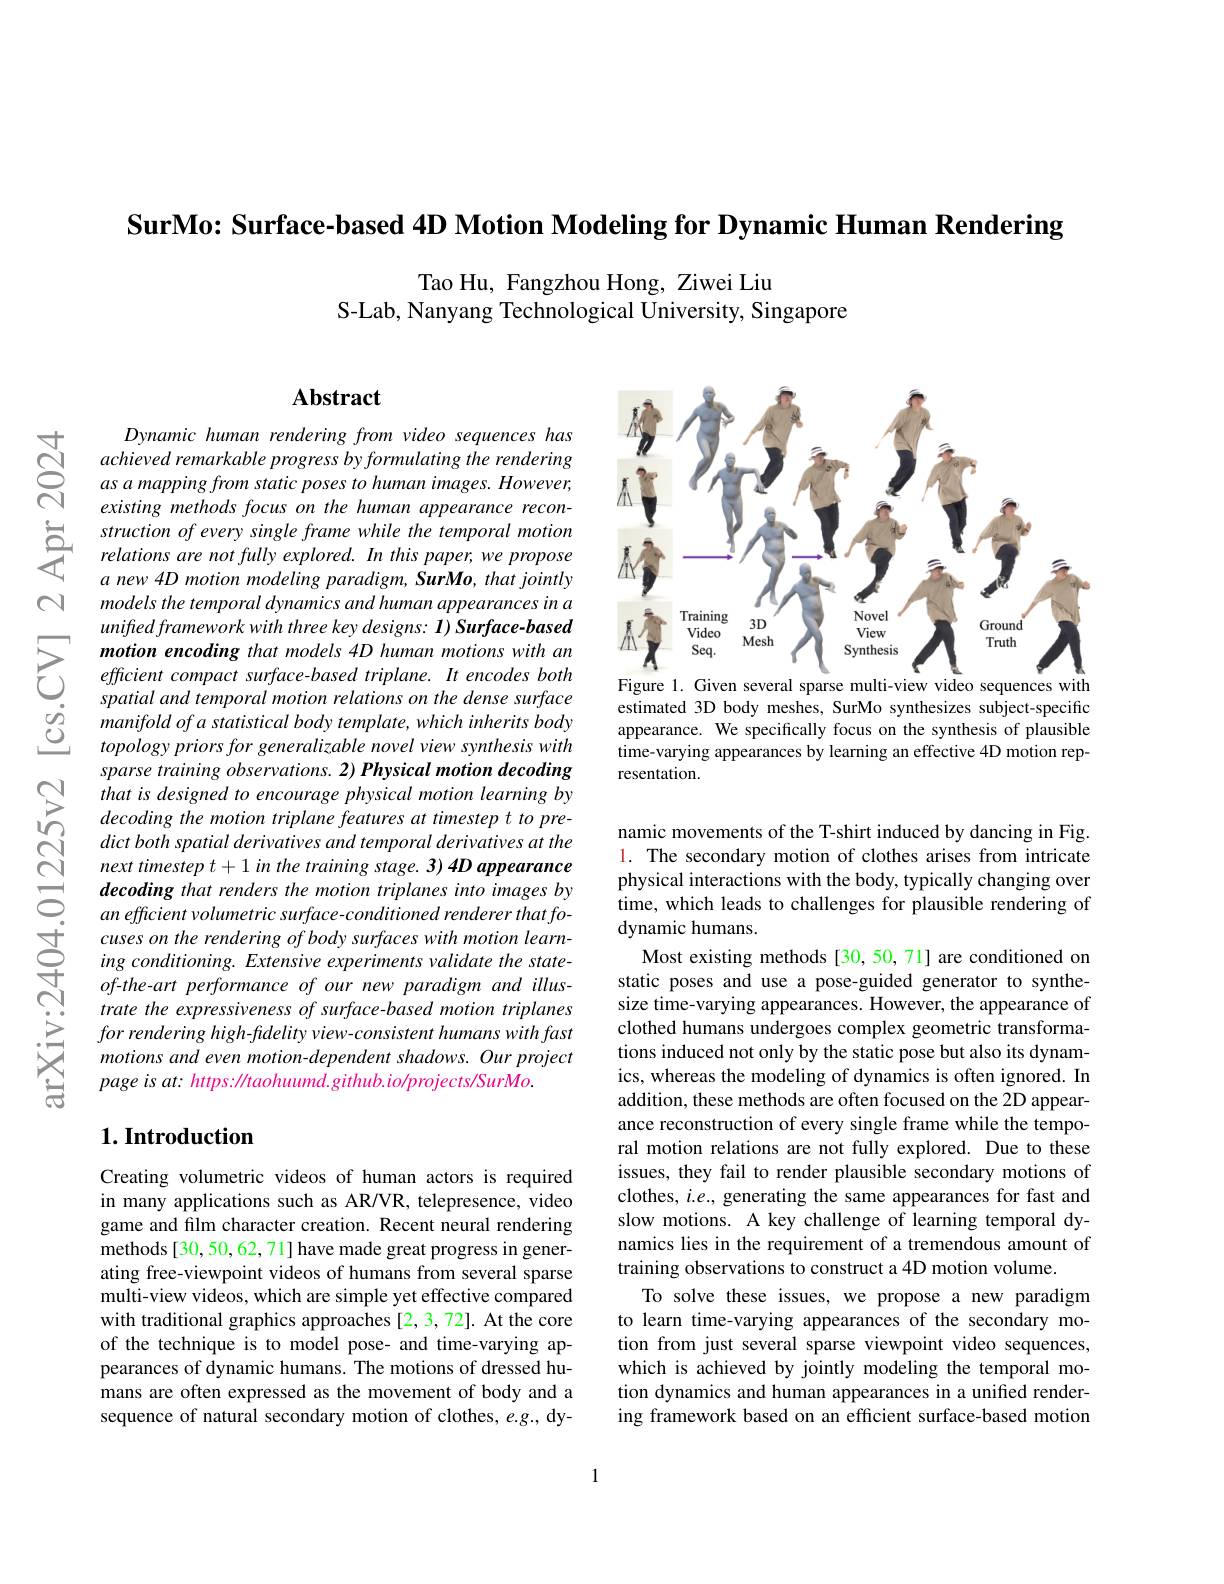
$n$

$ଟ୍ରੱ$

SurMo: Surface-based 4D Motion Modeling for Dynamic Human Rendering

Tao Hu, Fangzhou Hong, Ziwei Liu
S-Lab, Nanyang Technological University, Singapore

## $\mathbf{Abstract}$

<FigureHere>
Figure 1.
several sparse multi-view
sequences with

estimated 3D body meshes, SurMo synthesizes subject-specific appearance. We specifically focus on the synthesis of plausible time-varying appearances by learning an effective 4D motion representation.

Dynamic human rendering from video sequences has achieved remarkable progress by formulating the rendering as a mapping from static poses to human images. However, existing methods focus on the human appearance recon-
$\sum_{i=1}^{\infty}struction~of~every~single~frame~whil$
$a$ new 4D motion modeling paradigm, SurMo, that jointly models the temporal dynamics and human appearances in a unifted framework with three key designs: I) Surface-based
$\sum_{\begin{array}{cc}\text{motion encoding that models 4D human motions with an}\\&\text{efficient compact surface-based triplane. It encodes both}\\&\text{spatial and temporal motion relations on the dense surface}\end{array}}$
spatial and temporal motion relations on the dense surface manifold of a statistical body template, which inherits body topology priors for generalizable novel view synthesis with sparse training observations. 2) Physical motion decoding that is designed to encourage physical motion learning by decoding the motion triplane features at timestep t to predict both spatial derivatives and temporal derivatives at the next timestep t + 1 in the training stage. 3) 4D appearance decoding that renders the motion triplanes into images by an efficient volumetric surface- conditioned renderer that focuses on the rendering of body surfaces with motion learning conditioning. Extensive experiments validate the stateof-the-art performance of our new paradigm and illustrate the expressiveness of surface-based motion triplanes for rendering high-fldelity view-consistent humans with fast motions and even motion-dependent shadows. Our project page is at: https: //taohuumd. github. io/projects/SurMo.

namic movements of the T-shirt induced by dancing in Fig. 1. The secondary motion of clothes arises from intricate physical interactions with the body, typically changing over time, which leads to challenges for plausible rendering of dynamic humans.
Most existing methods [30,50,71] are conditioned on static poses and use a pose-guided generator to synthesize time-varying appearances. However, the appearance of clothed humans undergoes complex geometric transformations induced not only by the static pose but also its dynamics, whereas the modeling of dynamics is often ignored. In addition, these methods are often focused on the 2D appearance reconstruction of every single frame while the temporal motion relations are not fully explored. Due to these issues, they fail to render plausible secondary motions of clothes, $i.e.$, generating the same appearances for fast and slow motions. A key challenge of learning temporal dynamics lies in the requirement of a tremendous amount of training observations to construct a 4D motion volume.
To solve these issues, we propose a new paradigm to learn time-varying appearances of the secondary motion from just several sparse viewpoint video sequences, which is achieved by jointly modeling the temporal motion dynamics and human appearances in a unified rendering framework based on an efficient surface-based motion

## $1. \textbf{Introduction}$

Creating volumetric videos of human actors is required in many applications such as AR/VR, telepresence, video game and film character creation. Recent neural rendering methods [30,50,62,71] have made great progress in generating free-viewpoint videos of humans from several sparse multi-view videos, which are simple yet effective compared with traditional graphics approaches [2,3,72]. At the core of the technique is to model pose- and time-varying appearances of dynamic humans. The motions of dressed humans are often expressed as the movement of body and a sequence of natural secondary motion of clothes, e.g., dy-